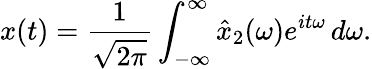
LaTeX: x(t)={\frac{1}{\sqrt{2\pi}}}\int_{-\infty}^{\infty}{\hat{x}}_{2}(\omega)e^{it\omega}\, d\omega.